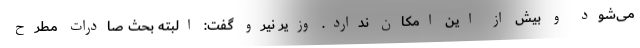
می‌شود و بیش از این امکان ندارد. وزیر نیرو گفت: البته بحث صادرات مطرح